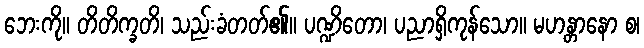
ဘေးကို။ တိတိက္ခတိ၊ သည်းခံတတ်၏။ ပဏ္ဍိတော၊ ပညာရှိကုန်သော။ မဟန္တာနော စ၊